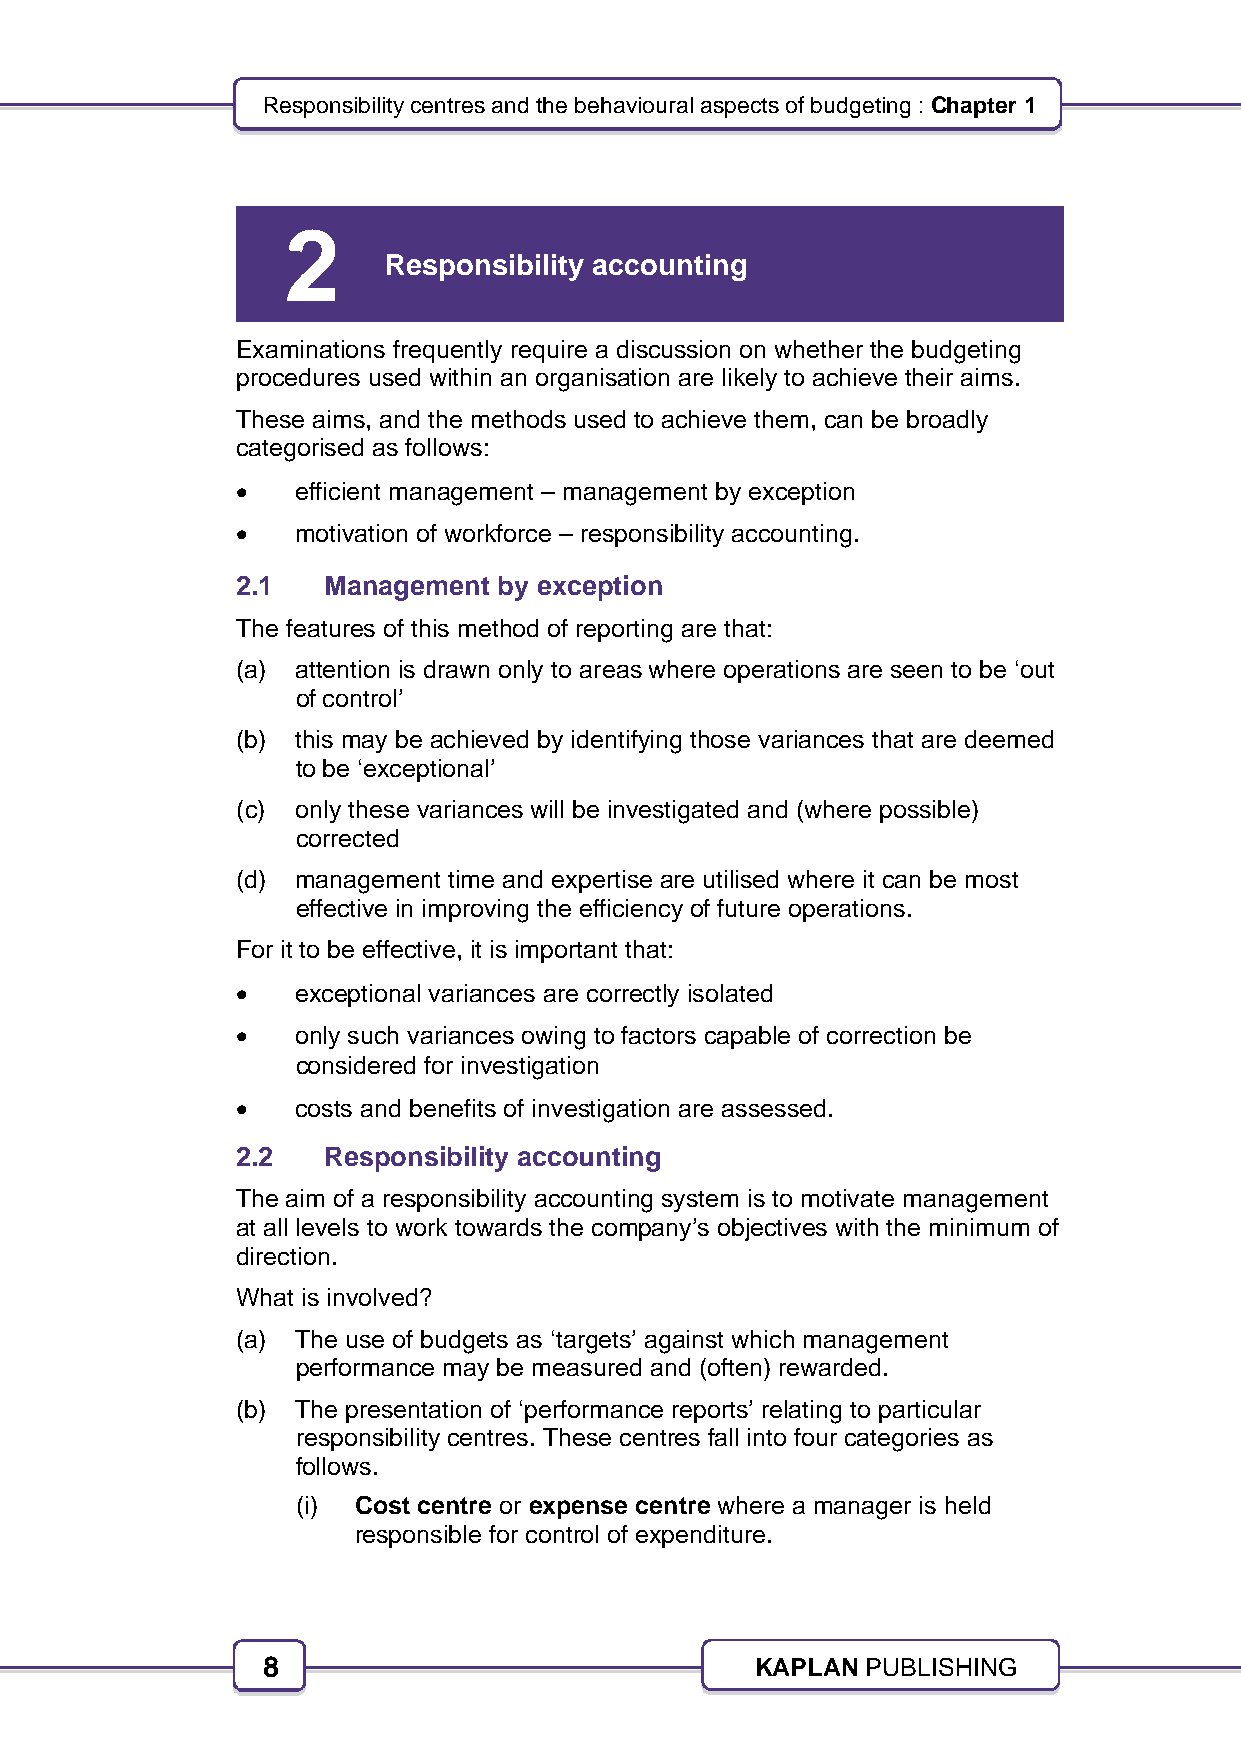
Responsibility centres and the behavioural aspects of budgeting : Chapter 1
 2
 Responsibility accounting
 Examinations frequently require a discussion on whether the budgeting
 procedures used within an organisation are likely to achieve their aims.
 These aims, and the methods used to achieve them, can be broadly
 categorised as follows:
    efficient management – management by exception
    motivation of workforce – responsibility accounting.
 2.1   Management by exception
 The features of this method of reporting are that:
 (a) attention is drawn only to areas where operations are seen to be ‘out
 of control’
 (b) this may be achieved by identifying those variances that are deemed
 to be ‘exceptional’
 (c) only these variances will be investigated and (where possible)
 corrected
 (d) management time and expertise are utilised where it can be most
 effective in improving the efficiency of future operations.
 For it to be effective, it is important that:
    exceptional variances are correctly isolated
    only such variances owing to factors capable of correction be
 considered for investigation
    costs and benefits of investigation are assessed.
 2.2   Responsibility accounting
 The aim of a responsibility accounting system is to motivate management
 at all levels to work towards the company’s objectives with the minimum of
 direction.
 What is involved?
 (a) The use of budgets as ‘targets’ against which management
 performance may be measured and (often) rewarded.
 (b) The presentation of ‘performance reports’ relating to particular
 responsibility centres. These centres fall into four categories as
 follows.
 (i) Cost centre or expense centre where a manager is held
 responsible for control of expenditure.
 8                                KAPLAN PUBLISHING